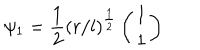
\psi _ { 1 } = \frac { 1 } { 2 } ( r / l ) ^ { \frac { 1 } { 2 } } \left( \begin{array} { c } { { 1 } } \\ { { 1 } } \\ \end{array} \right)